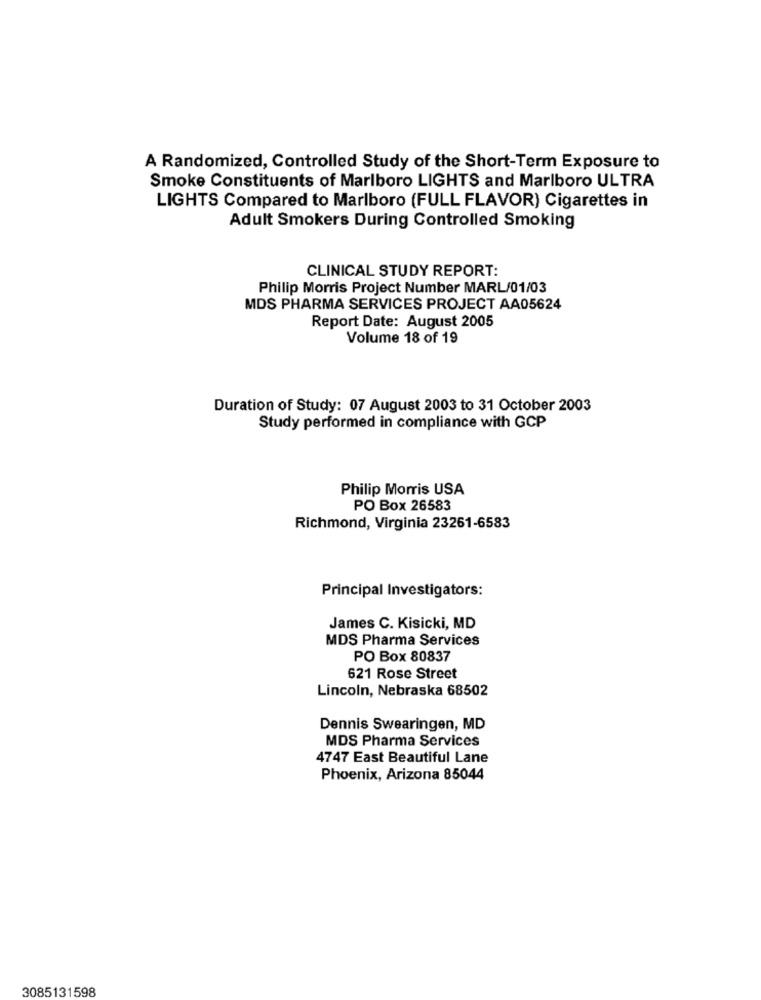
A Randomized, Controlled Study of the Short-Term Exposure to
Smoke Constituents of Marlboro LIGHTS and Marlboro ULTRA
LIGHTS Compared to Marlboro (FULL FLAVOR) Cigarettes in
Adult Smokers During Controlled Smoking
CLINICAL STUDY REPORT:
Philip Morris Project Number MARL/01/03
MDS PHARMA SERVICES PROJECT AA05624
Report Date: August 2005
Volume 18 of 19
Duration of Study: 07 August 2003 to 31 October 2003
Study performed in compliance with GCP
Philip Morris USA
PO Box 26583
Richmond, Virginia 23261-6583
Principal Investigators:
James C. Kisicki, MD
MDS Pharma Services
PO Box 80837
621 Rose Street
Lincoln, Nebraska 68502
Dennis Swearingen, MD
MDS Pharma Services
4747 East Beautiful Lane
Phoenix, Arizona 85044
3085131598